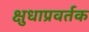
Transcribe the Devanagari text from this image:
क्षुधाप्रवर्तक